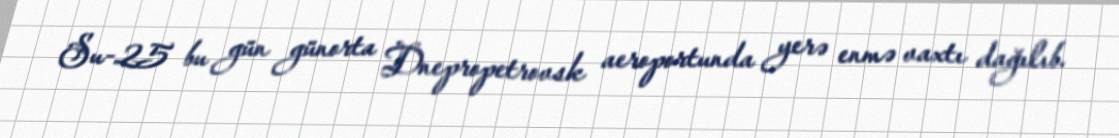
Su-25 bu gün günorta Dnepropetrovsk aeroportunda yerə enmə vaxtı dağılıb.